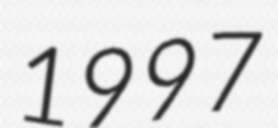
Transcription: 1997